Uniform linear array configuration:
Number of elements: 48
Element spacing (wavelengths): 0.75
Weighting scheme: hamming
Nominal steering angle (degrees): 60
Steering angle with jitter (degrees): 60.637
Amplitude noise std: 0.05
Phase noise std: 0.05

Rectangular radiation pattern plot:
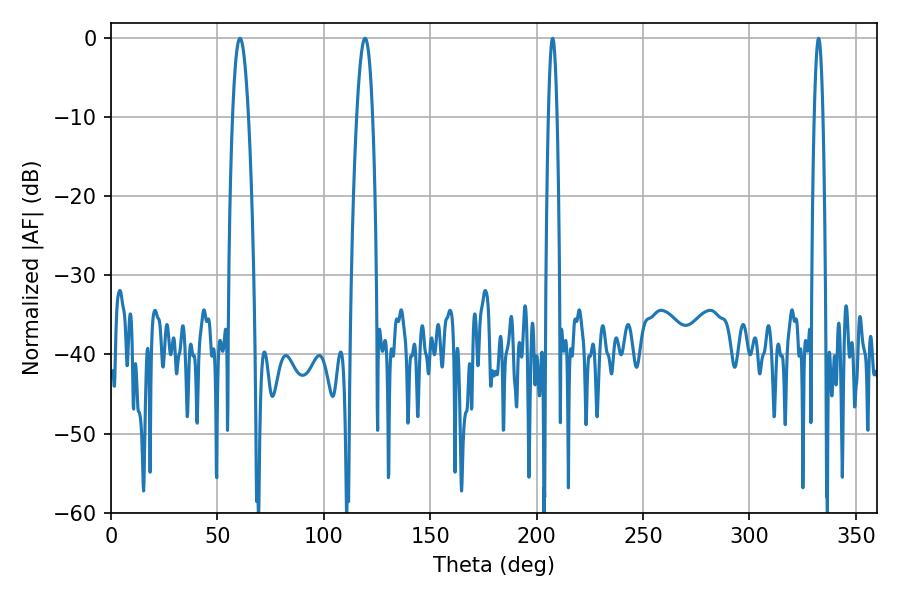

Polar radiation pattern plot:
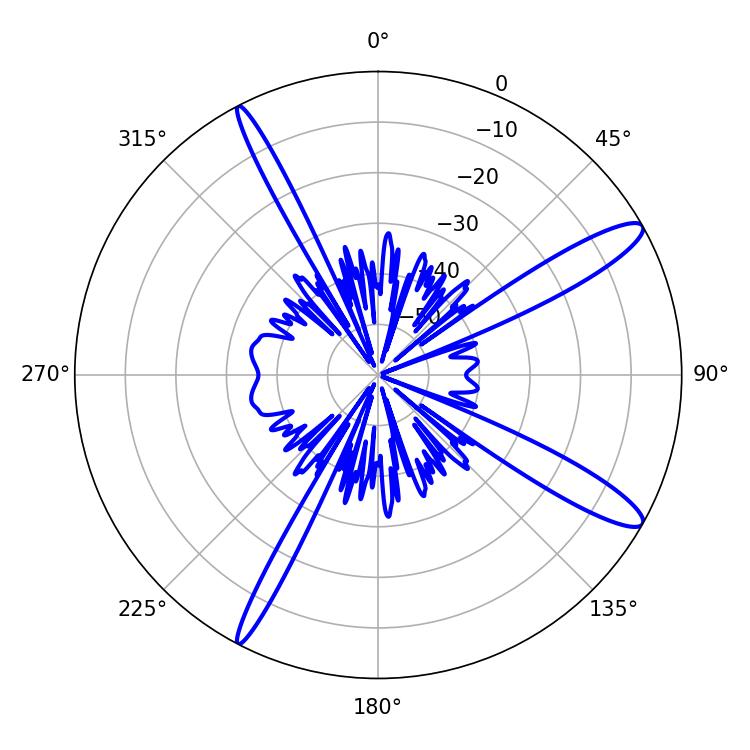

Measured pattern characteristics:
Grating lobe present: TRUE
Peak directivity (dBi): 13.186
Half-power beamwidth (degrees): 2.16
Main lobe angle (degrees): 332.46